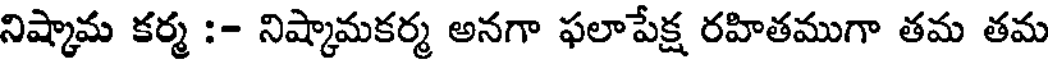
నిష్కామ కర్మ :- నిష్కామకర్మ అనగా ఫలాపేక్ష రహితముగా తమ తమ